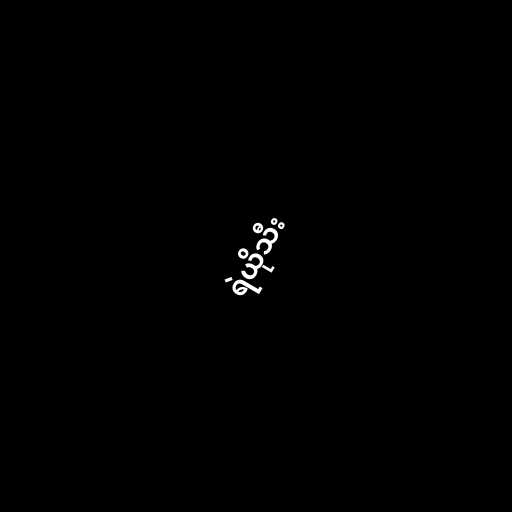
ရဲယိုသီး